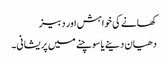
کھانے کی خواہش اور دبیز
دھیان دینے یا سوچنے میں پریشانی۔